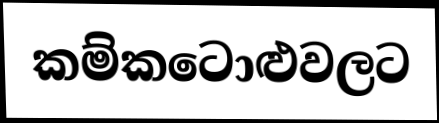
කම්කටොළුවලට